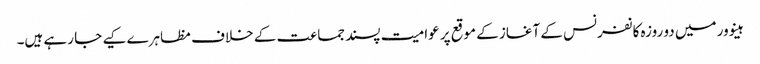
ہینوور میں دو روزہ کانفرنس کے آغاز کے موقع پر عوامیت پسند جماعت کے خلاف مظاہرے کیے جا رہے ہیں۔